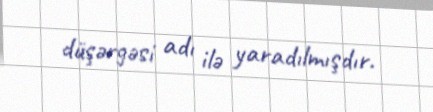
düşərgəsi adı ilə yaradılmışdır.